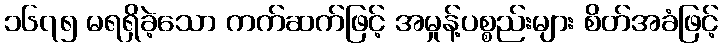
၁၆၇၅ မရရှိခဲ့သော ကက်ဆက်ဖြင့် အမှုန့်ပစ္စည်းများ စိတ်အခံဖြင့်